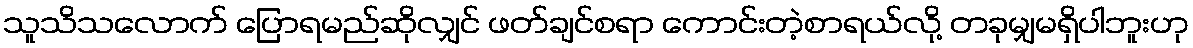
သူသိသလောက် ပြောရမည်ဆိုလျှင် ဖတ်ချင်စရာ ကောင်းတဲ့စာရယ်လို့ တခုမျှမရှိပါဘူးဟု